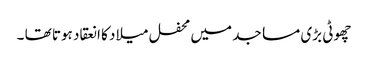
چھوٹی بڑی مساجد میں محفل میلاد کا انعقاد ہوتا تھا ۔